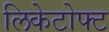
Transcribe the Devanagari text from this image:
लिकेटोफ्ट